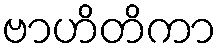
ဗာဟိတိကာ